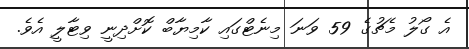
އެ ގޯލު މެޗުގެ 59 ވަނަ މިނެޓްގައި ކާމިޔާބް ކޮށްދިނީ ވިޓާލީ އެވެ.